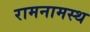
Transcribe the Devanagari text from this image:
रामनामस्थ